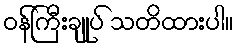
ဝန်ကြီးချုပ် သတိထားပါ။